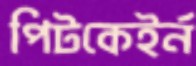
পিটকেইর্ন